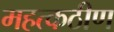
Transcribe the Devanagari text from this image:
महत्कठीण